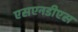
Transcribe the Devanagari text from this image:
एसएनडीएस